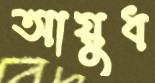
আয়ুধ